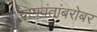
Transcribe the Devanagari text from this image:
नामवंतांबरोबर